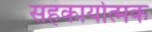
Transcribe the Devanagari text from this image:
सहकार्यात्मक